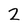
Character: 2